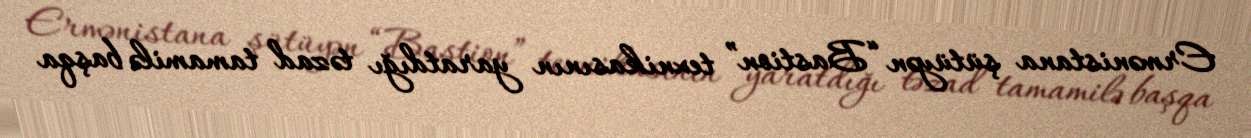
Ermənistana şütüyən “Bastion” texnikasının yaratdığı təzad tamamilə başqa